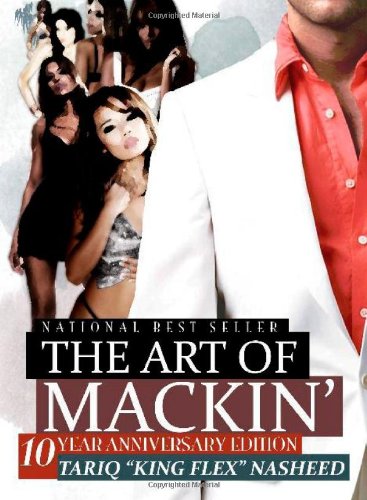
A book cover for The Art of Mackin'; Tariq "King Flex" Nasheed; Humor & Entertainment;